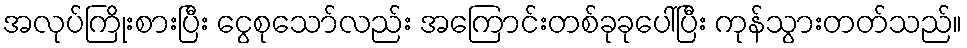
အလုပ်ကြိုးစားပြီး ငွေစုသော်လည်း အကြောင်းတစ်ခုခုပေါ်ပြီး ကုန်သွားတတ်သည်။